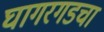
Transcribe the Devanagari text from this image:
घागरगडचा